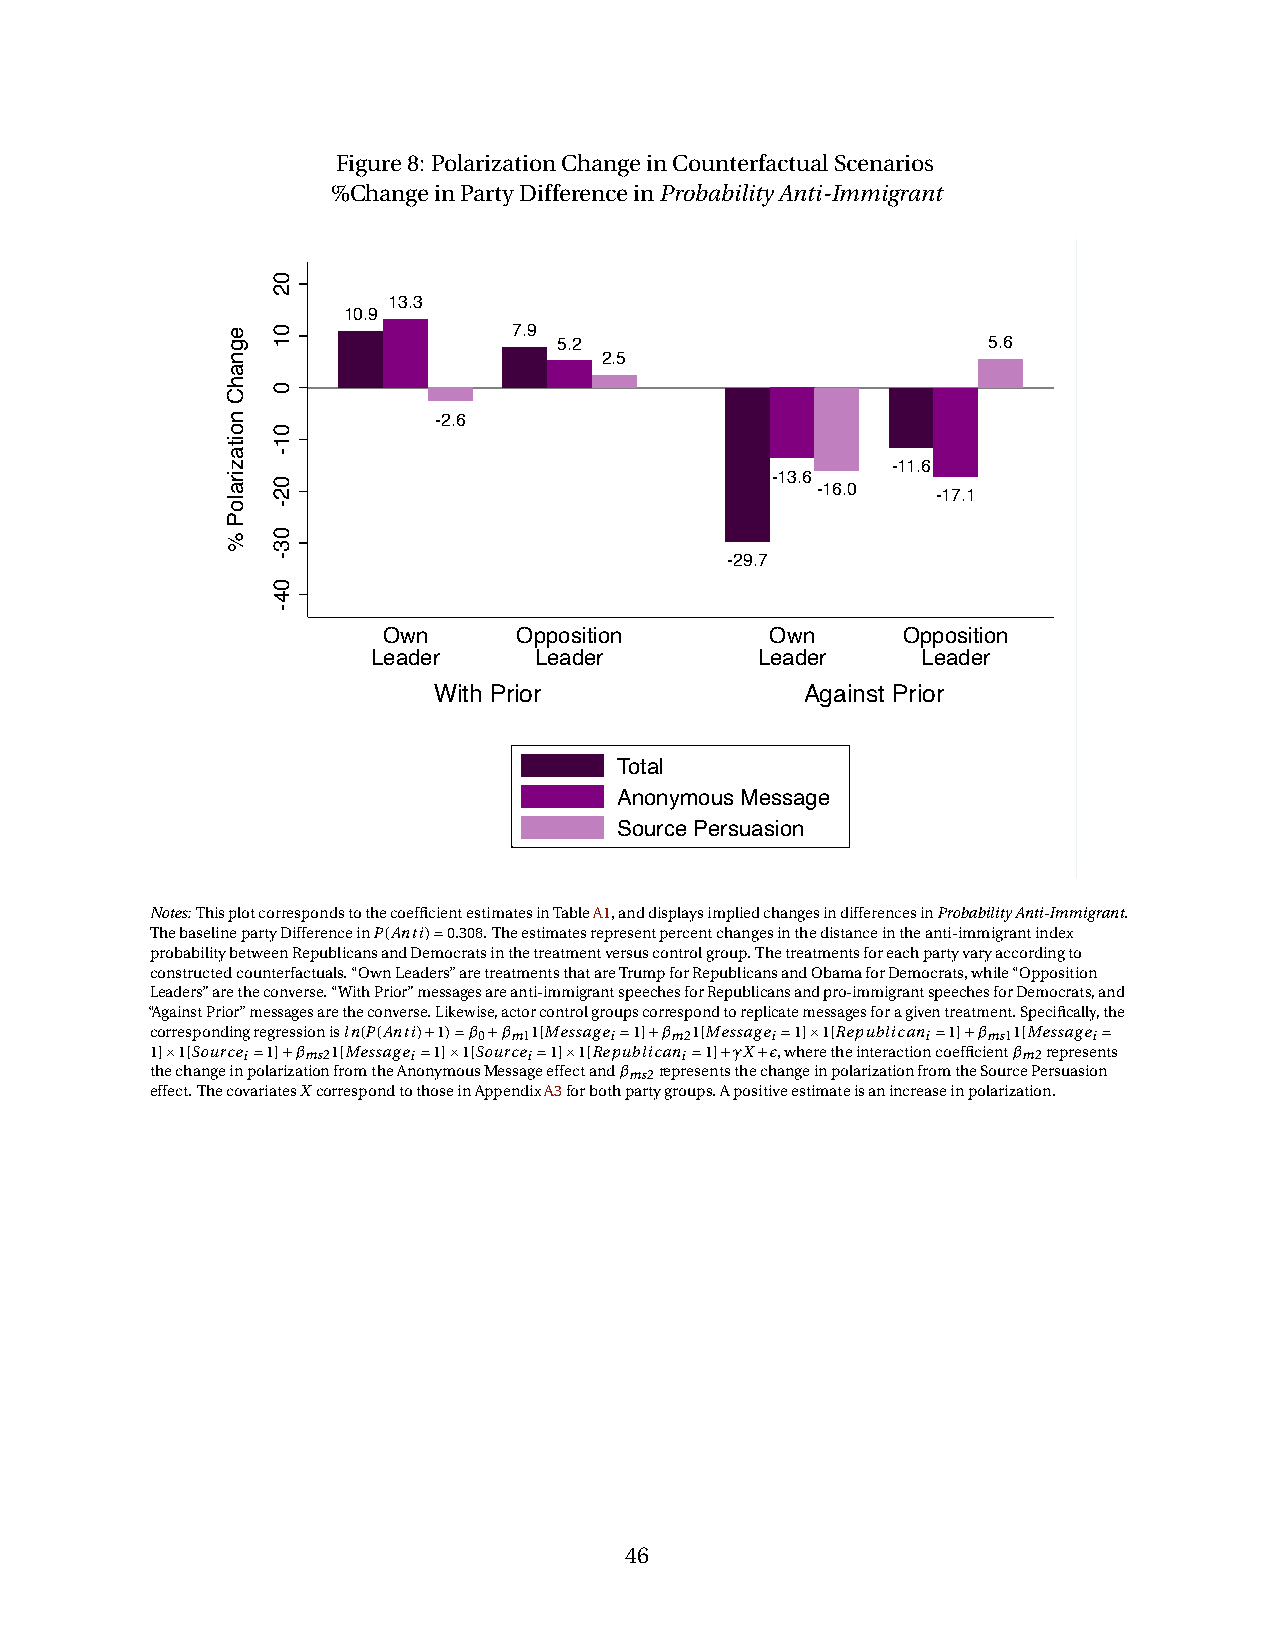
Figure8: PolarizationChangeinCounterfactualScenarios
 %ChangeinPartyDifferenceinProbabilityAnti-Immigrant
 13.3
 10.9
 7.9
 5.2                         5.6
 2.5
 -2.6
 -11.6
 -13.6 -16.0 -17.1
 -29.7
 Own      Opposition       Own      Opposition
 Leader    Leader         Leader     Leader
 With Prior              Against Prior
 Total
 Anonymous Message
 Source Persuasion
 Notes:ThisplotcorrespondstothecoefficientestimatesinTableA1,anddisplaysimpliedchangesindifferencesinProbabilityAnti-Immigrant.
 ThebaselinepartyDifferenceinP(Anti)=0.308.Theestimatesrepresentpercentchangesinthedistanceintheanti-immigrantindex
 probabilitybetweenRepublicansandDemocratsinthetreatmentversuscontrolgroup.Thetreatmentsforeachpartyvaryaccordingto
 constructedcounterfactuals.“OwnLeaders”aretreatmentsthatareTrumpforRepublicansandObamaforDemocrats,while“Opposition
 Leaders”aretheconverse.“WithPrior”messagesareanti-immigrantspeechesforRepublicansandpro-immigrantspeechesforDemocrats,and
 “AgainstPrior”messagesaretheconverse.Likewise,actorcontrolgroupscorrespondtoreplicatemessagesforagiventreatment.Specifically,the
 correspondingregressionisln(P(Anti)+1)=β 0+β m11[Messagei=1]+β m21[Messagei=1]×1[Republicani=1]+β ms11[Messagei=
 1]×1[Sourcei=1]+β ms21[Messagei=1]×1[Sourcei=1]×1[Republicani=1]+γX+ϵ,wheretheinteractioncoefficientβ m2represents
 thechangeinpolarizationfromtheAnonymousMessageeffectandβ ms2representsthechangeinpolarizationfromtheSourcePersuasion
 effect.ThecovariatesXcorrespondtothoseinAppendixA3forbothpartygroups.Apositiveestimateisanincreaseinpolarization.
 46
 egnahC
 noitaziraloP
 %
 02
 01
 0
 01-
 02-
 03-
 04-